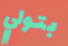
بتولي